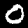
Label: 0